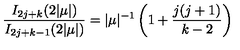
\frac { I _ { 2 j + k } ( 2 | \mu | ) } { I _ { 2 j + k - 1 } ( 2 | \mu | ) } = | \mu | ^ { - 1 } \left( 1 + \frac { j ( j + 1 ) } { k - 2 } \right)